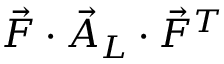
\vec { F } \cdot \vec { A } _ { L } \cdot \vec { F } ^ { T }